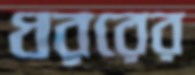
ধররের